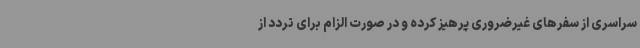
سراسری از سفرهای غیرضروری پرهیز کرده و در صورت الزام برای تردد از